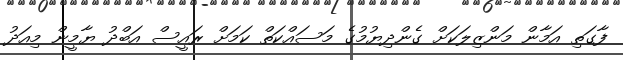
ފާގަތި އަމާން މަންޒިލަކަށް ގެންދިޔުމުގެ މަސައްކަތް ކަމަށް ރައީސް އަބްދު ޔާމީން މިއަދު